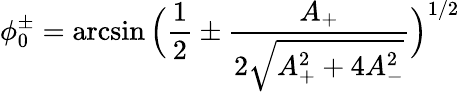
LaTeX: \phi_{0}^{\pm}=\arcsin\Big(\frac{1}{2}\pm\frac{A_{+}}{2\sqrt{A_{+}^{2}+4A_{-}^{2}}}\Big)^{1/2}